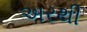
અરથી